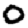
Digit: 0